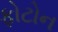
ફોટોન